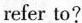
refer to?